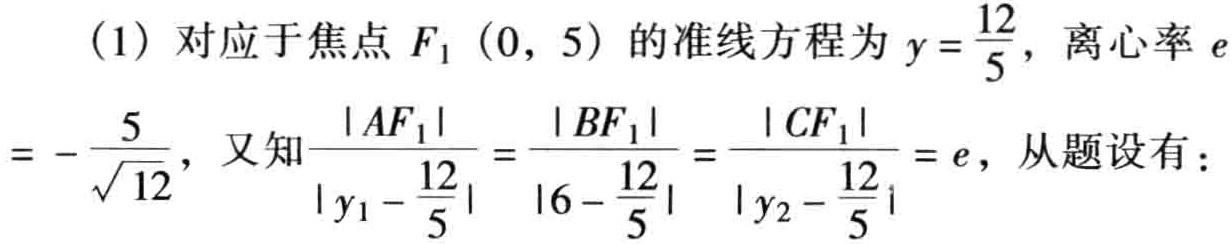
(1) 对应于焦点 \(F_1(0,5)\) 的准线方程为 \(y = \frac{12}{5}\)，离心率 \(e = -\frac{5}{\sqrt{12}}\)，又知\(\frac{|AF_1|}{\left|y_1 - \frac{12}{5}\right|}=\frac{|BF_1|}{\left|6 - \frac{12}{5}\right|}=\frac{|CF_1|}{\left|y_2 - \frac{12}{5}\right|}=e\)，从题设有：